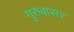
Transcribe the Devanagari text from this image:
गुरुवासर